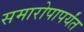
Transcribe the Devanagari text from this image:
समारोपापर्यंत